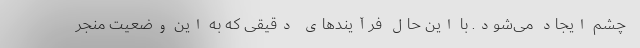
چشم ایجاد می‌شود. با این حال فرآیندهای دقیقی که به این وضعیت منجر